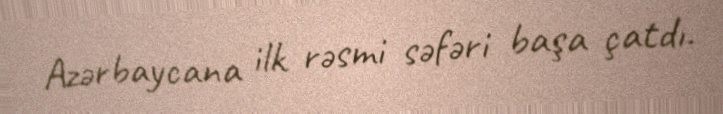
Azərbaycana ilk rəsmi səfəri başa çatdı.